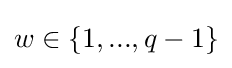
w\in \left\{1,...,q-1\right\}